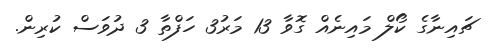
ޗައިނާގެ ކޯލް މައިނެއް ގޮވާ 13 މަރު3 ހަފްތާ 3 ދުވަސް ކުރިން.